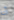
أنا